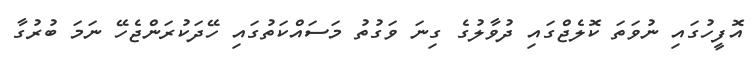
އޮފީހުގައި ނުވަތަ ކޮލެޖްގައި ދުވާލުގެ ގިނަ ވަގުތު މަސައްކަތުގައި ހޭދަކުރަންޖެހޭ ނަމަ ބުރުގާ